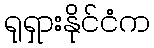
ရုရှားနိုင်ငံက